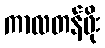
ကာလတန်ဖိုး